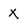
Character: x